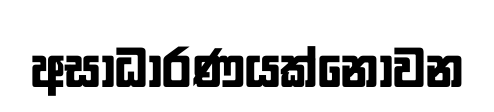
අසාධාරණයක්නොවන